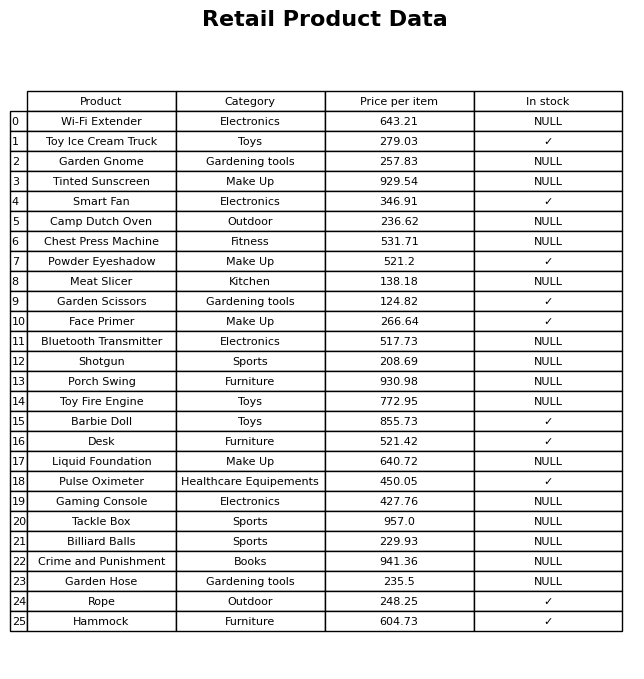
question: What is the price for Hammock?
answer: The price of Hammock is 604.73.